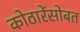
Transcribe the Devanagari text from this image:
कोठारेंसोबत